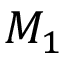
M _ { 1 }